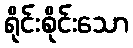
ရိုင်းစိုင်းသော